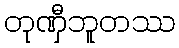
တုဏှီဘူတဿ